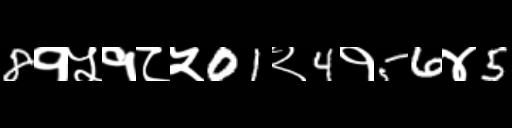
Text: 8१५१८५01२4१56४5